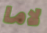
لاما